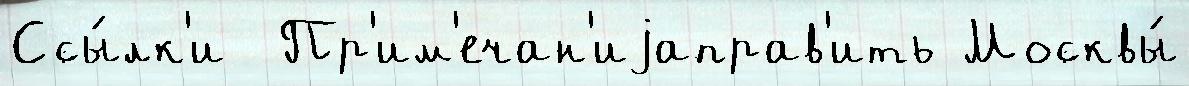
Ссы́лк'и  Пр'им'ечан'иjаправ'ить Москвы́